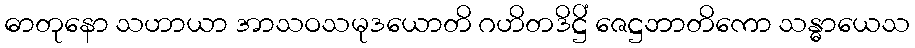
ဓာတုနော သဟာယာ အာသဝသမုဒယောတိ ဂဟိတဒိဋ္ဌိံ ဇေဋ္ဌဘာတိကော သန္ဓာယေသ